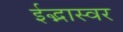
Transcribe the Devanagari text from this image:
ईद्भास्वर